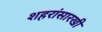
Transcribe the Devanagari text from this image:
शहरांसारखी